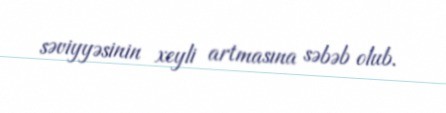
səviyyəsinin xeyli artmasına səbəb olub.